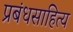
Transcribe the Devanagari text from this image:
प्रबंधसाहित्य